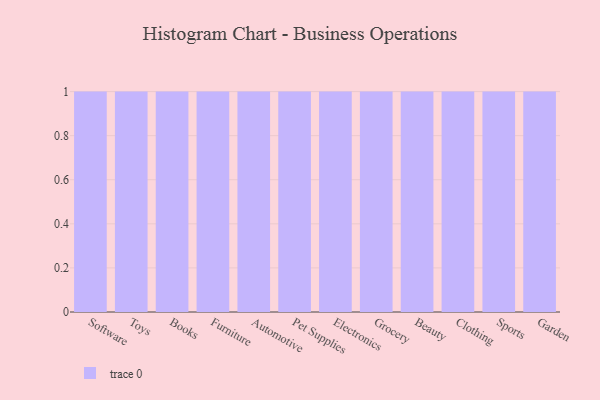
{"axis": {"x": "Category", "y": "Energy Usage (MWh)"}, "legend": [""], "data": [{"x": "Software", "y": 32, "type": ""}, {"x": "Toys", "y": 63, "type": ""}, {"x": "Books", "y": 30, "type": ""}, {"x": "Furniture", "y": 65, "type": ""}, {"x": "Automotive", "y": 61, "type": ""}, {"x": "Pet Supplies", "y": 40, "type": ""}, {"x": "Electronics", "y": 19, "type": ""}, {"x": "Grocery", "y": 44, "type": ""}, {"x": "Beauty", "y": 93, "type": ""}, {"x": "Clothing", "y": 79, "type": ""}, {"x": "Sports", "y": 88, "type": ""}, {"x": "Garden", "y": 87, "type": ""}]}